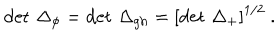
\det \, \Delta _ { \phi } = \det \, \Delta _ { \mathrm { g h } } = \left[ \det \, \Delta _ { + } \right] ^ { 1 / 2 } \ .